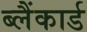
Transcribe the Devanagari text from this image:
ब्लैंकार्ड